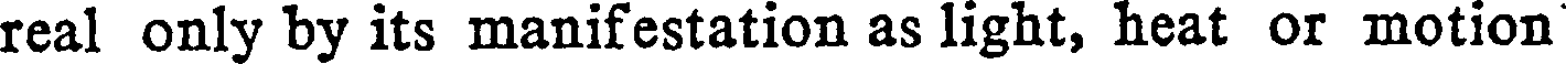
real only by its manifestation as light, heat or motion